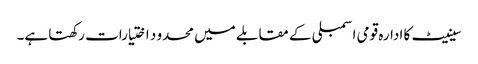
سینیٹ کا ادارہ قومی اسمبلی کے مقابلے میں محدو د اختیارات رکھتا ہے۔